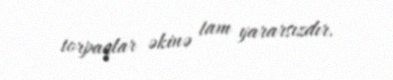
torpaqlar əkinə tam yararsızdır.